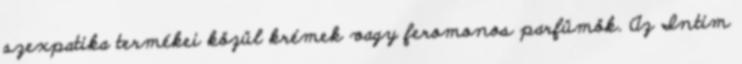
szexpatika termékei közül krémek vagy feromonos parfümök. Az Intim